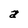
Character: a